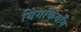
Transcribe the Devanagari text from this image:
यिंगकियाँग